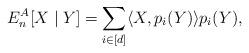
LaTeX: \begin{align*} E_n^A[X\mid Y] = \sum_{i\in [d]} \langle X,p_i(Y) \rangle p_i(Y),\end{align*}